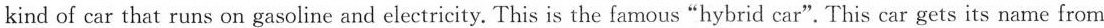
kind of car that runs on gasoline and electricity. This is the famous "hybrid car".This car gets its name from